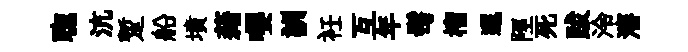
聦沆蹔船墳藉嚶詶衽互年髩榴邐陘死跋泠瀋